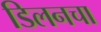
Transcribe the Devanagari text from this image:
डिलनचा